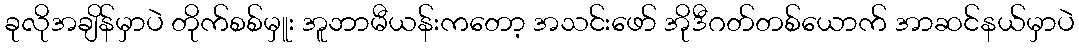
ခုလိုအချိန်မှာပဲ တိုက်စစ်မှူး အူဘာမီယန်းကတော့ အသင်းဖော် အိုဒီဂတ်တစ်ယောက် အာဆင်နယ်မှာပဲ